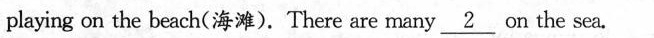
playing on the beach(海滩).There are many \underline{2} on the sea.